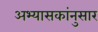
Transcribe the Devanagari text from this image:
अभ्यासकांनुसार